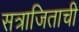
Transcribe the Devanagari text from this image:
सत्राजिताची